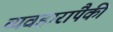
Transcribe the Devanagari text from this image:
व्यवहारांपैकी